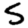
Digit: 5